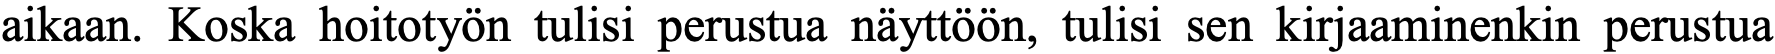
aikaan. Koska hoitotyön tulisi perustua näyttöön, tulisi sen kirjaaminenkin perustua